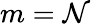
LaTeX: m=\mathcal{N}